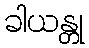
ခါယန္တု